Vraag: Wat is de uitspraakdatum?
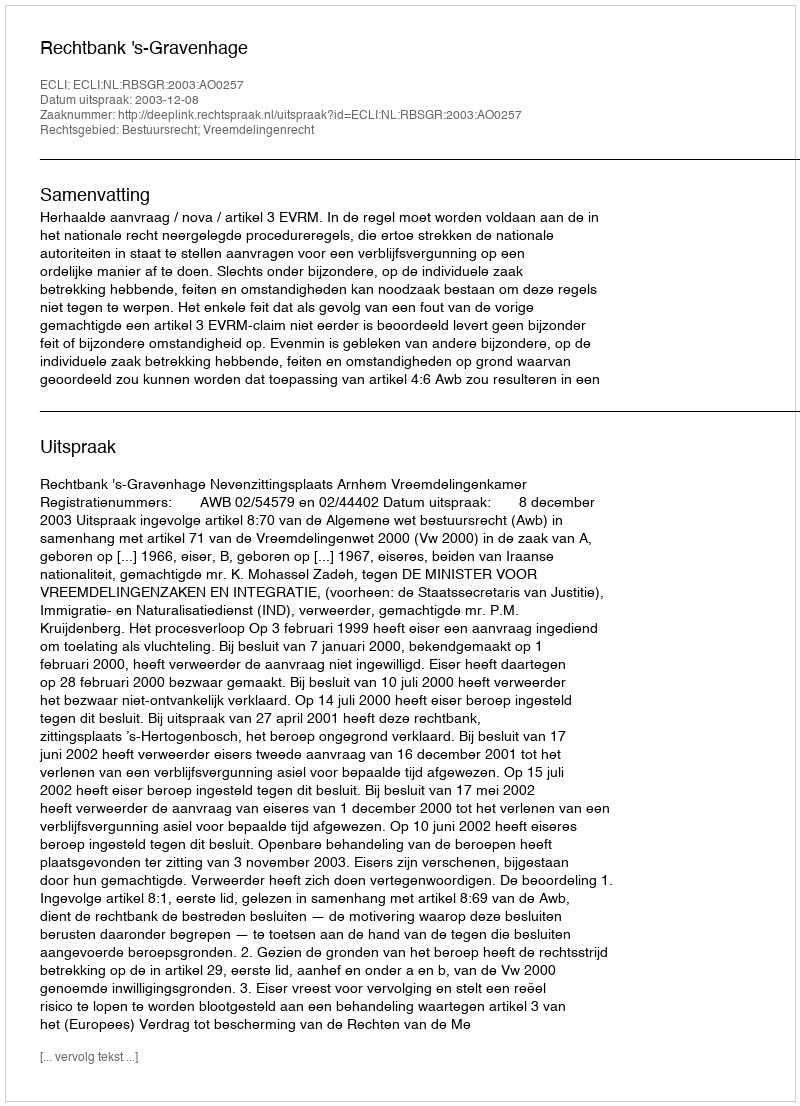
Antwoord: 2003-12-08